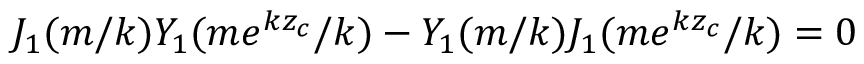
J _ { 1 } ( m / k ) Y _ { 1 } ( m e ^ { k z _ { c } } / k ) - Y _ { 1 } ( m / k ) J _ { 1 } ( m e ^ { k z _ { c } } / k ) = 0